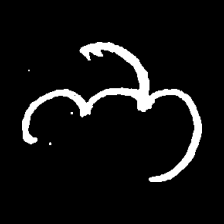
Pyu character \u2014 Myanmar letter: ဘ (romanized: bha)